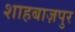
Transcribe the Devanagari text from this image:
शाहबाज़पुर